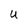
Character: U